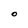
Character: O